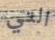
التي